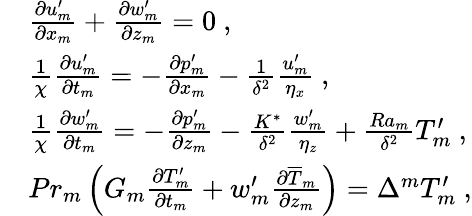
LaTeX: \begin{array}{rl}&{\frac{\partial{u}_{m}^{\prime}}{\partial x_{m}}+\frac{\partial{w}_{m}^{\prime}}{\partial z_{m}}=0~,}\\ &{\frac{1}{\chi}\frac{\partial{u}_{m}^{\prime}}{\partial t_{m}}=-\frac{\partial{p}_{m}^{\prime}}{\partial x_{m}}-\frac{1}{\delta^{2}}\frac{{u}_{m}^{\prime}}{\eta_{x}}~,}\\ &{\frac{1}{\chi}\frac{\partial{w}_{m}^{\prime}}{\partial t_{m}}=-\frac{\partial{p}_{m}^{\prime}}{\partial z_{m}}-\frac{K^{*}}{\delta^{2}}\frac{{w}_{m}^{\prime}}{\eta_{z}}+\frac{Ra_{m}}{\delta^{2}}{T}_{m}^{\prime}~,}\\ &{Pr_{m}\left(G_{m}\frac{\partial{T}_{m}^{\prime}}{\partial t_{m}}+{w}_{m}^{\prime}\frac{\partial\overline{{T}}_{m}}{\partial z_{m}}\right)=\Delta^{m}{T}_{m}^{\prime}~,}\end{array}